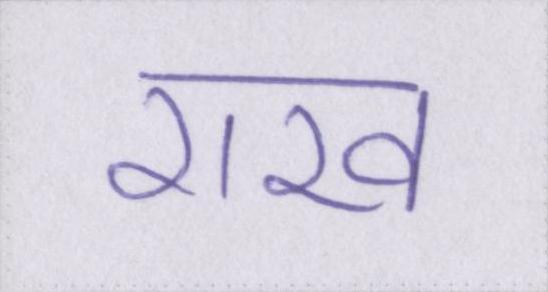
राख